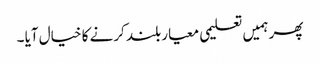
پھر ہمیں تعلیمی معیار بلند کرنے کا خیال آیا ۔